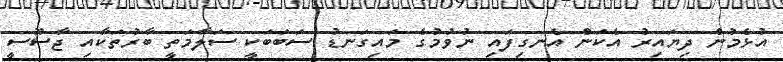
އުޅެމުން ދިޔައިރު އެކަން އެނގިފައި ނުވުމުގެ މައިގަނޑު ސަބަބަކީ ސަލާމަތީ ބާރުތަކާއި ޖާސޫސީ